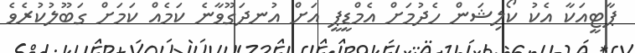
ޕާޓީއަކާ އެކު ކޯލިޝަން ހެދުމަށް އެމްޑީޕީ އަށް އުނދަގޫވާނެ ކަމެއް ކަމަށް ގަބޫލުކުރެވެ